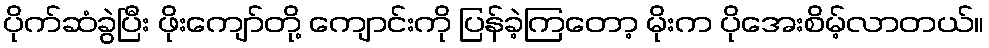
ပိုက်ဆံခွဲပြီး ဖိုးကျော်တို့ ကျောင်းကို ပြန်ခဲ့ကြတော့ မိုးက ပိုအေးစိမ့်လာတယ်။